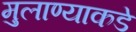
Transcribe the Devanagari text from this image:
मुलाण्याकडे